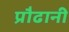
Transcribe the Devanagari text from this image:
प्रौढानी